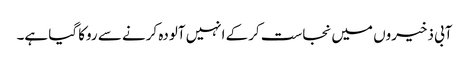
آبی ذخیروں میں نجاست کرکے انہیں آلودہ کرنے سے روکا گیا ہے۔